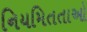
નિયમિતતાઓ